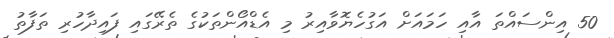
50 އިންސައްތަ އާއި ހަމައަށް އަގުހެޔޮވާއިރު މި އެޑްއޯންތަކުގެ ތެރޭގައި ފައިދާހުރި ތަފާތު